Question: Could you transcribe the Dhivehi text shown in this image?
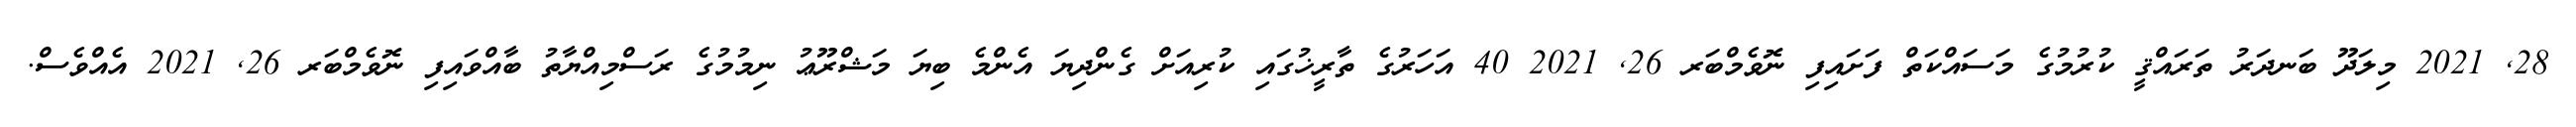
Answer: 28, 2021 މިލަދޫ ބަނދަރު ތަރައްޤީ ކުރުމުގެ މަސައްކަތް ފަށައިފި ނޮވެމްބަރ 26, 2021 40 އަހަރުގެ ތާރީޚުގައި ކުރިއަށް ގެންދިޔަ އެންމެ ބިޔަ މަޝްރޫޢު ނިމުމުގެ ރަސްމިއްޔާތު ބާއްވައިފި ނޮވެމްބަރ 26, 2021 އެއްވެސް.